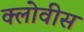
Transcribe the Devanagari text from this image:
क्लोवीस